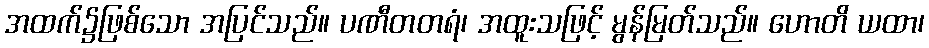
အထက်၌ဖြစ်သော အပြင်သည်။ ပဏီတတရံ၊ အထူးသဖြင့် မွန်မြတ်သည်။ ဟောတိ ယထာ၊